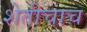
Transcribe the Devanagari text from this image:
शेतीचाच